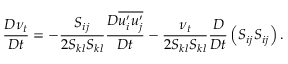
\frac { D \nu _ { t } } { D t } = - \frac { S _ { i j } } { 2 S _ { k l } S _ { k l } } \frac { D \overline { { u _ { i } ^ { \prime } u _ { j } ^ { \prime } } } } { D t } - \frac { \nu _ { t } } { 2 S _ { k l } S _ { k l } } \frac { D } { D t } \left( S _ { i j } S _ { i j } \right) .